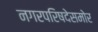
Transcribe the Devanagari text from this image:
नगरपरिषदेसमोर